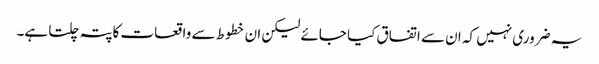
یہ ضروری نہیں کہ ان سے اتفاق کیا جائے لیکن ان خطوط سے واقعات کاپتہ چلتا ہے۔